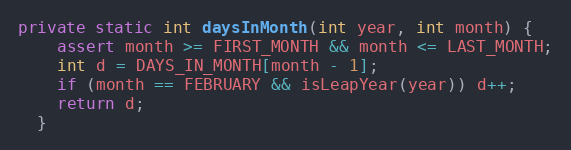
Language: Java
private static int daysInMonth(int year, int month) {
    assert month >= FIRST_MONTH && month <= LAST_MONTH;
    int d = DAYS_IN_MONTH[month - 1];
    if (month == FEBRUARY && isLeapYear(year)) d++;
    return d;
  }